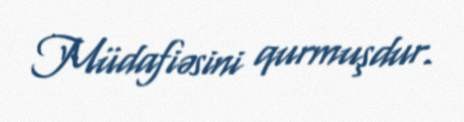
Müdafiəsini qurmuşdur.